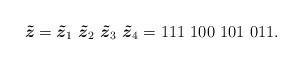
LaTeX: \begin{align*}\mbox{\boldmath $\tilde z$}=\mbox{\boldmath $\tilde z$}_1~\mbox{\boldmath $\tilde z$}_2~\mbox{\boldmath $\tilde z$}_3~\mbox{\boldmath $\tilde z$}_4=111~100~101~011 .\end{align*}